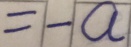
= - a